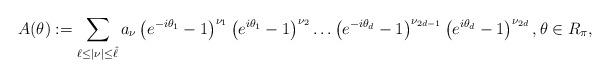
LaTeX: \begin{align*}A(\theta):= \sum\limits_{\ell\le|\nu|\le \hat \ell} a_\nu\left(e^{-i\theta_1}-1\right)^{\nu_1} \left(e^{i\theta_1}-1\right)^{\nu_2}\dots\left(e^{-i\theta_d}-1\right)^{\nu_{2d-1}} \left(e^{i\theta_d}-1\right)^{\nu_{2d}},\theta\in R_\pi,\end{align*}